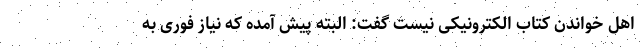
اهل خواندن کتاب الکترونیکی نیست گفت: البته پیش آمده که نیاز فوری به